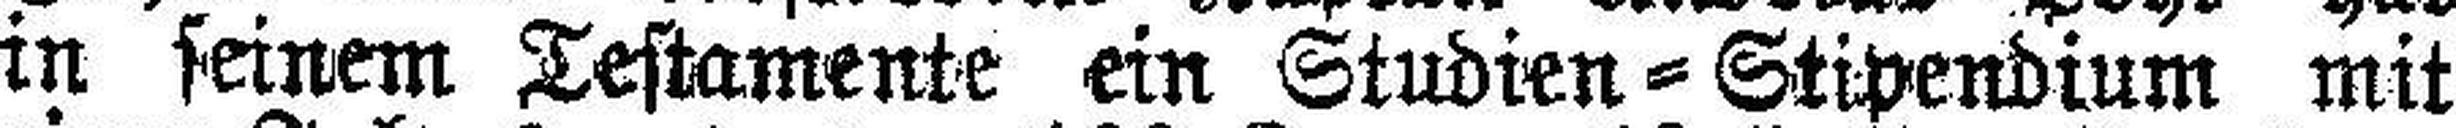
in seinem Testamente ein Studien = Stipendium mit